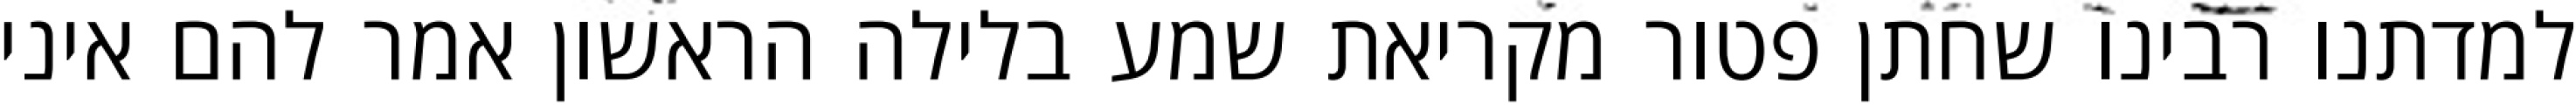
למדתנו רבינו שחתן פטור מקריאת שמע בלילה הראשון אמר להם איני